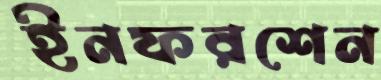
ইনফরশেন